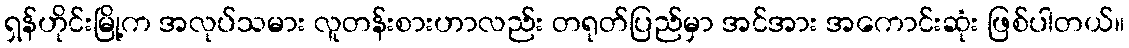
ရှန်ဟိုင်းမြို့က အလုပ်သမား လူတန်းစားဟာလည်း တရုတ်ပြည်မှာ အင်အား အကောင်းဆုံး ဖြစ်ပါတယ်။